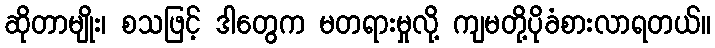
ဆိုတာမျိုး၊ စသဖြင့် ဒါတွေက မတရားမှုလို့ ကျမတို့ပိုခံစားလာရတယ်။